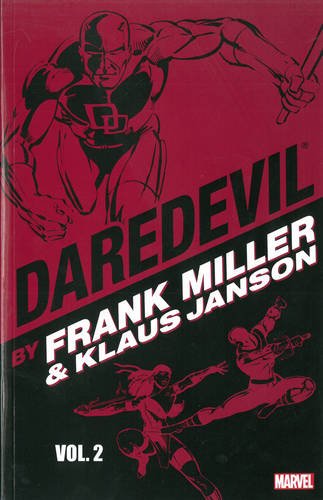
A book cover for DAREDEVIL BY FRANK MILLER & KLAUS JANSON VOL. 2; Frank Miller; Comics & Graphic Novels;